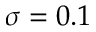
\sigma = 0 . 1